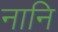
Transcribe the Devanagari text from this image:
नानि